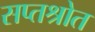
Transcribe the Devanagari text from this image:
सप्तश्रोत